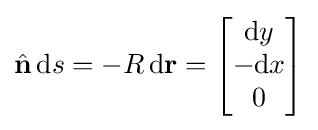
{\hat {\mathbf {n} }}\,\mathrm {d} s=-R\,\mathrm {d} \mathbf {r} ={\begin{bmatrix}\mathrm {d} y\\-\mathrm {d} x\\0\end{bmatrix}}